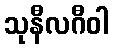
သုနီလဂီဝါ